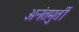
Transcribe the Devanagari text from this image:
अनंतमुर्ती